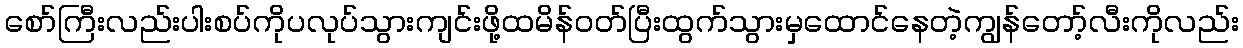
စော်ကြီးလည်းပါးစပ်ကိုပလုပ်သွားကျင်းဖို့ထမိန်ဝတ်ပြီးထွက်သွားမှထောင်နေတဲ့ကျွန်တော့်လီးကိုလည်း